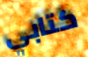
كتابي